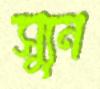
স্যুন